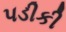
પડીકી